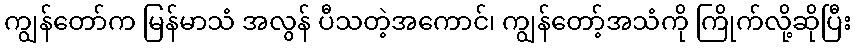
ကျွန်တော်က မြန်မာသံ အလွန် ပီသတဲ့အကောင်၊ ကျွန်တော့်အသံကို ကြိုက်လို့ဆိုပြီး